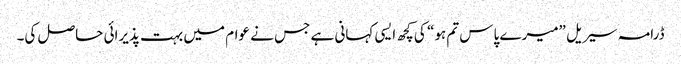
ڈرامہ سیریل ”میرے پاس تم ہو“ کی کچھ ایسی کہانی ہے جس نے عوام میں بہت پذیرائی حاصل کی۔